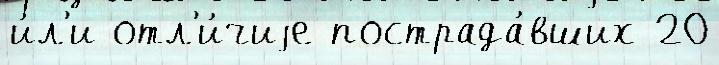
и́л'и отл'и́чиjе пострада́вших 20